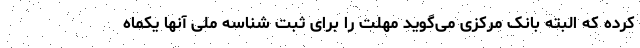
کرده که البته بانک مرکزی می‌گوید مهلت را برای ثبت شناسه ملی آنها یکماه